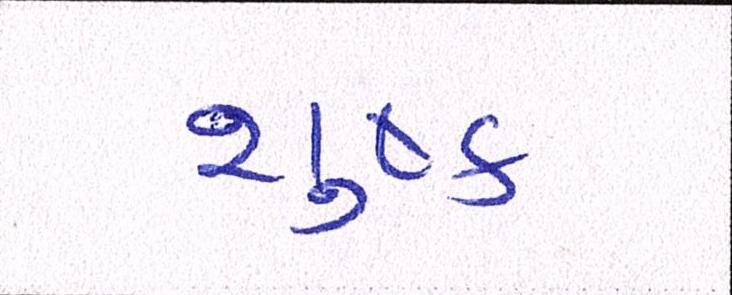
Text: શુષ્ક